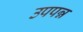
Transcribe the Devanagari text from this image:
उपपन्न